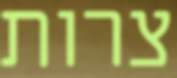
צרות